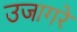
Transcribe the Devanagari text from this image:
उजागरे